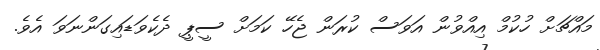
މައްޗަށް ހުކުމް އިއްވުން އަވަސް ކުރަން ޖެހޭ ކަމަށް ސީޕީ ދެކެވަޑައިގަންނަވަ އެވެ.